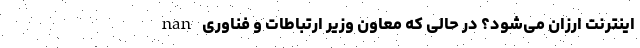
nan اینترنت ارزان می‌شود؟ در حالی که معاون وزیر ارتباطات و فناوری